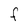
Character: F